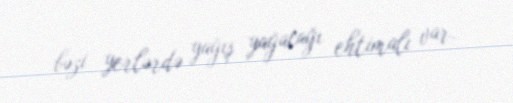
bəzi yerlərdə yağış yağacağı ehtimalı var.